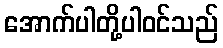
အောက်ပါတို့ပါဝင်သည်